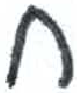
אות: ח